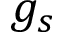
g _ { s }